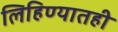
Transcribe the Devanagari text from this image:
लिहिण्यातही